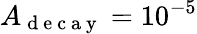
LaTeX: A_{\mathrm{~d~e~c~a~y~}}=10^{-5}